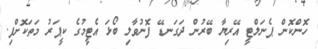
ހޮންކޮން ޕެނަލްޓީ އޭރިޔާ ބޭރުން ދަގަނޑޭ ފޮނުވާލި ބޯޅަ އެޓީމުގެ ކީޕަރު މަތަކޮށްފި.